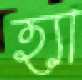
হ্যা